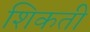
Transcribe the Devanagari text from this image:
शिकती